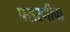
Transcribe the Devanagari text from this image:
पसरणीचा